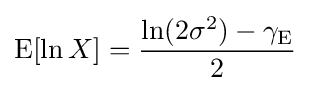
\operatorname {E} [\ln X]={\frac {\ln(2\sigma ^{2})-\gamma _{\mathrm {E} }}{2}}